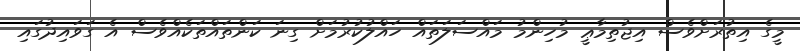
މީގެ އިތުރަށްވެސް އިޖުތިމާޢީ މުހިންމު މައްސަލަތައް ހައްލުކުރުމަށް ގިނަ ކަންތައްތަކެއްވެސް އެ ގަވައިދުގައި